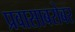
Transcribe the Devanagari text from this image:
प्रवासाबरोबर